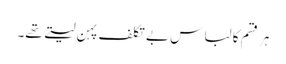
ہر قسم کا لباس بے تکلف پہن لیتے تھے۔